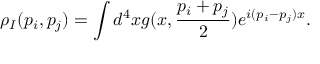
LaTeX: \rho _ { I } ( p _ { i } , p _ { j } ) = \int d ^ { 4 } x g ( x , \frac { p _ { i } + p _ { j } } { 2 } ) e ^ { i ( p _ { i } - p _ { j } ) x } .